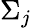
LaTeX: \Sigma_{j}